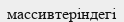
массивтеріндегі